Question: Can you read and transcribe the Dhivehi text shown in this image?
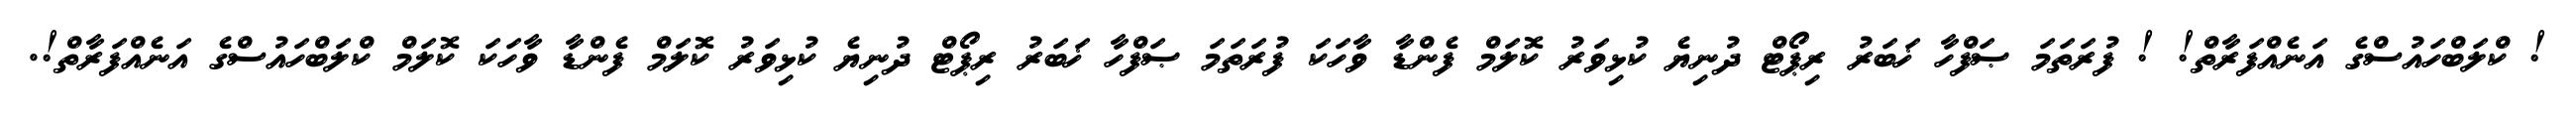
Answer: ! ކްލަބްހައުސްގެ އަނެއްފަރާތް! ! ފުރަތަމަ ޞަފްހާ ޚަބަރު ރިޕޯޓް ދުނިޔެ ކުޅިވަރު ކޮލަމް ފެންޑާ ވާހަކަ ފުރަތަމަ ޞަފްހާ ޚަބަރު ރިޕޯޓް ދުނިޔެ ކުޅިވަރު ކޮލަމް ފެންޑާ ވާހަކަ ކޮލަމް ކްލަބްހައުސްގެ އަނެއްފަރާތް!.